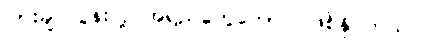
ပြားချပ်လွန်းလို့ အရည်တွေတောင် ဖြစ်နိုင်တယ်။